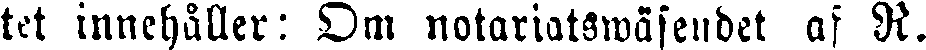
tet innehåller: Om notariatswäsendet af R.